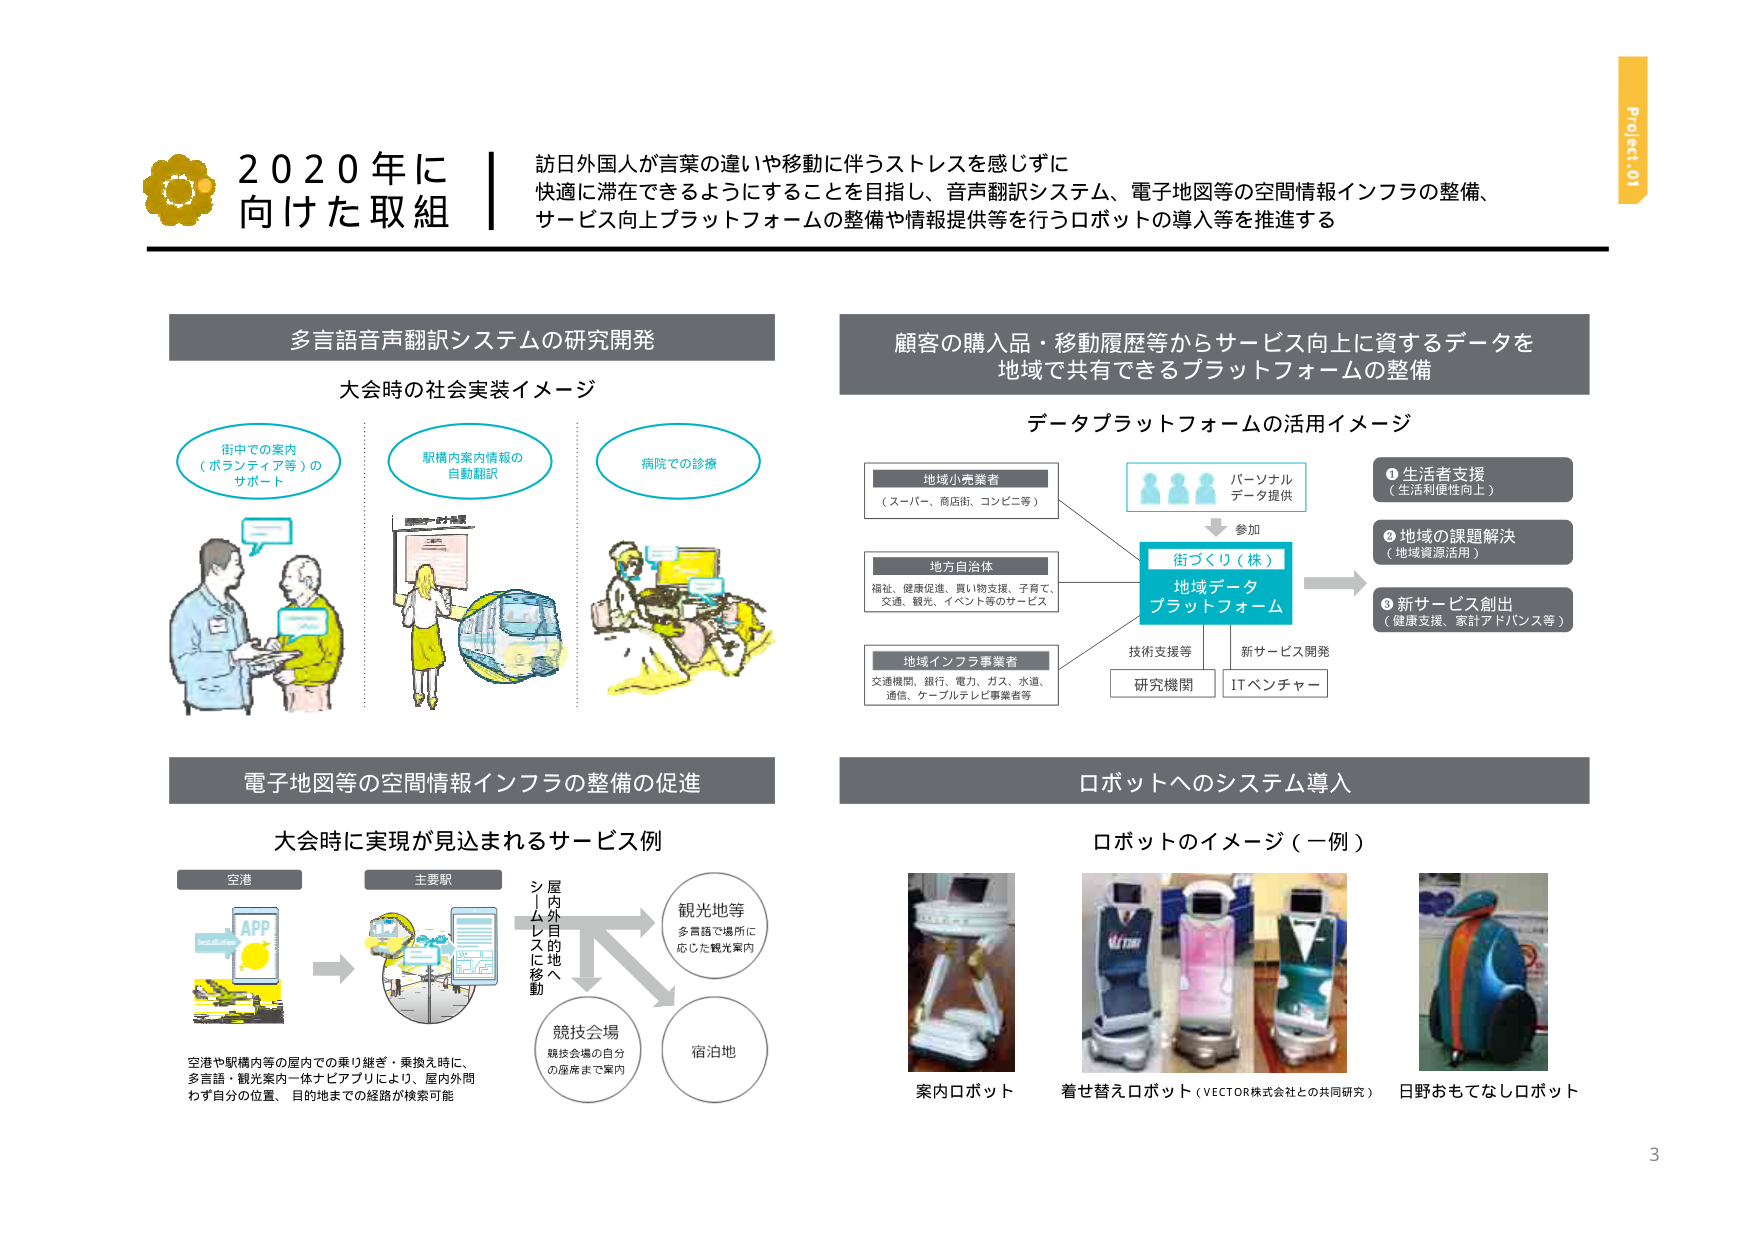
2020年に向けた取組

訪日外国人が言葉の違いや移動に伴うストレスを感じずに快適に滞在できるようにすることを目指し、音声翻訳システム、電子地図等の空間情報インフラの整備、サービス向上プラットフォームの整備や情報提供等を行うロボットの導入等を推進する

多言語音声翻訳システムの研究開発
大会時の社会実装イメージ
街中での案内（ボランティア等）のサポート
駅構内案内情報の自動翻訳
病院での診療

顧客の購入品・移動履歴等からサービス向上に資するデータを地域で共有できるプラットフォームの整備
データプラットフォームの活用イメージ
地域小売業者（スーパー、商店街、コンビニ等）
地方自治体（福祉、健康促進、買い物支援、子育て、交通、観光、イベント等のサービス）
地域インフラ事業者（交通機関、銀行、電力、ガス、水道、通信、ケーブルテレビ事業者等）
パーソナルデータ提供
参加
街づくり（株）地域データプラットフォーム
技術支援等
研究機関
新サービス開発
ITベンチャー
①生活者支援（生活利便性向上）
②地域の課題解決（地域資源活用）
③新サービス創出（健康支援、家計アドバンス等）

電子地図等の空間情報インフラの整備の促進
大会時に実現が見込まれるサービス例
空港
主要駅
屋内外目的地へシームレスに移動
観光地等（多言語で場所に応じた観光案内）
競技会場（競技会場の自分の座席まで案内）
宿泊地
空港や駅構内等の屋内での乗り継ぎ・乗換え時に、多言語・観光案内一体ナビアプリにより、屋内外問わず自分の位置、目的地までの経路が検索可能

ロボットへのシステム導入
ロボットのイメージ（一例）
案内ロボット
着せ替えロボット（VECTOR株式会社との共同研究）
日野おもてなしロボット

Project 01
3